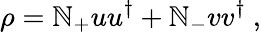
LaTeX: \rho=\mathbb{N}_{+}uu^{\dagger}+\mathbb{N}_{-}vv^{\dagger}\ ,